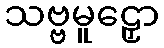
သဗ္ဗမူဠှော